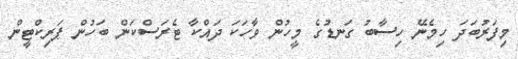
މިފަރުބަދަ ހިމެނޭ ހިސާބު ގަނޑުގެ މީހުން ވާހަކަ ދައްކާ ޓެރަސްކަން ބަހުން ޕަރިކްޓީން